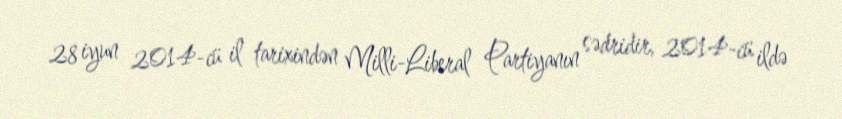
28 iyun 2014-cü il tarixindən Milli-Liberal Partiyanın sədridir, 2014-cü ildə